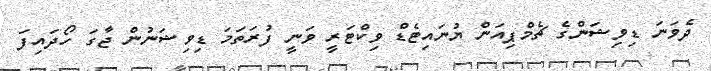
ދެވަނަ ޑިވިޝަންގެ ޗެމްޕިއަން ޔުނައިޓެޑް ވިކްޓަރީ ވަނީ ފުރަތަމަ ޑިވިޝަނުން ޖާގަ ހޯދައިފަ